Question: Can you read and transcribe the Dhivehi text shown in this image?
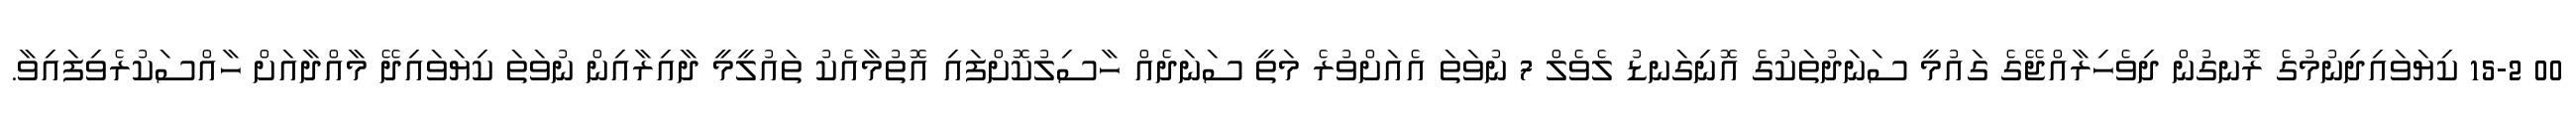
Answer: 00 15-2 ކިޔަވައިދިނުމުގެ ރޮނގުން ދިވެހިރާއްޖޭގެ ގައުމީ ސަނަދުތަކުގެ އޮނިގަނޑު ލެވެލް 7 ނުވަތަ އެއަށްވުރެ މަތީ ސަނަދެއް ހާސިލުކޮށްފައި އޮތުމާއެކު ތައުލީމީ ދާއިރާއިން ނުވަތަ ކިޔަވައިދޭ މާއްދާއަށް ހާއްސަކުރެވިފައިވާ.